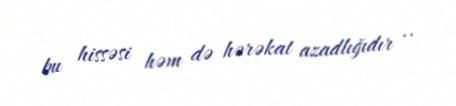
bu hissəsi həm də hərəkat azadlığıdır ..